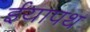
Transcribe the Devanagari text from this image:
ईयापथ